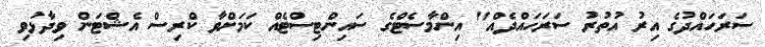
ސަރަހައްދުގެ އިރު އުތުރު ސަރަހައްދެއް" އިންމާސެޓްގެ ސައިންޓިސްޓެއް ކަމަށްވާ ކްރިސް އެޝްޓަން ވިދާޅުވި